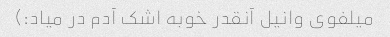
میلفوی وانیل آنقدر خوبه اشک آدم در میاد:)